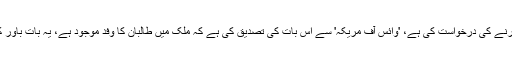
تاہم، پاکستانی سکیورٹی پر مامور ایک اہل کار، جنھوں نے نام ظاہر نہ کرنے کی درخواست کی ہے، 'وائس آف مریکہ' سے اِس بات کی تصدیق کی ہے کہ ملک میں طالبان کا وفد موجود ہے، یہ بات باور کراتے ہوئے کہ وہ بغیر کسی دعوت کے اپنے طور پر ملک میں آئے ہیں۔